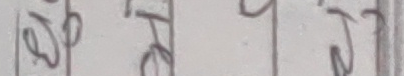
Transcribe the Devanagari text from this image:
७ ७ ५ ७ ५